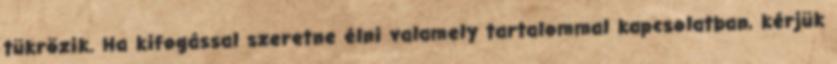
tükrözik. Ha kifogással szeretne élni valamely tartalommal kapcsolatban, kérjük